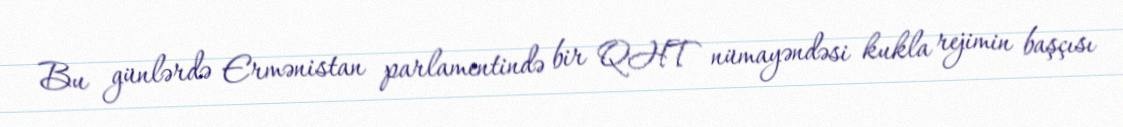
Bu günlərdə Ermənistan parlamentində bir QHT nümayəndəsi kukla rejimin başçısı